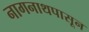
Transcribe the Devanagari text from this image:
नागनाथपासून